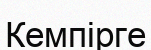
Кемпірге